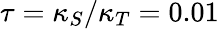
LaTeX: \tau=\kappa_{S}/\kappa_{T}=0.01